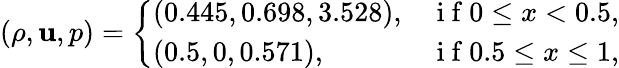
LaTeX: \left(\rho,\mathbf{u},p\right)=\left\{ \begin{array}{ll}{(0.445,0.698,3.528),}&{\mathrm{~i~f~}0\leq x<0.5,}\\ {(0.5,0,0.571),}&{\mathrm{~i~f~}0.5\leq x\leq 1,}\end{array}\right.